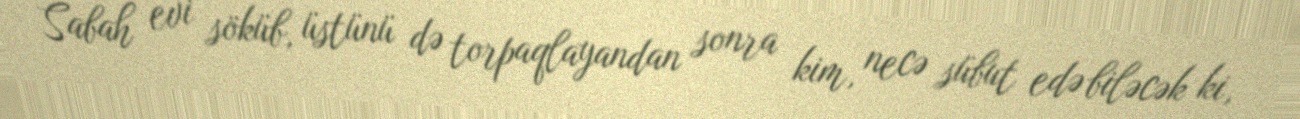
Sabah evi söküb, üstünü də torpaqlayandan sonra kim, necə sübut edə biləcək ki,